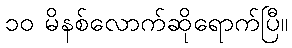
၁၀ မိနစ်လောက်ဆိုရောက်ပြီ။